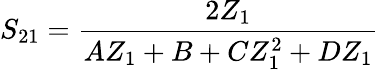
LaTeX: S_{21}=\frac{2Z_{1}}{AZ_{1}+B+CZ_{1}^{2}+DZ_{1}}